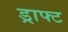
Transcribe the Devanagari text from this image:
ड्राफ्‍ट